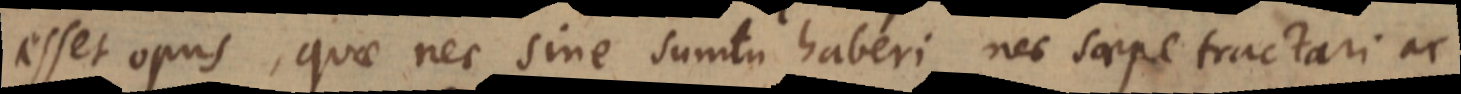
esset opus, quae nec sine sumtu haberi nec saepe tractari ac